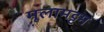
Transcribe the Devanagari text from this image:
मूलामट्टम